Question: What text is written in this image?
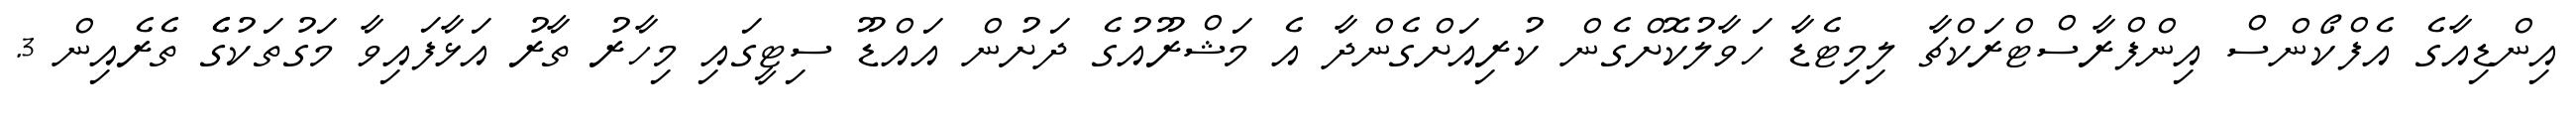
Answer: އިންޑިއާގެ އެފްކޯންސް އިންފްރާސްޓްރަކްޗާ ލިމިޓެޑާ ހަވާލުކޮށްގެން ކުރިއަށްގެންދާ އެ މަޝްރޫއުގެ ދަށުން އައްޑޫ ސިޓީގައި މިހާރު ތާރު އަޅާފައިވާ މަގުތަކުގެެ ތެރެއިން 3.